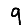
Digit: 9